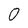
Character: 0